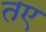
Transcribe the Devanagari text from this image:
तए